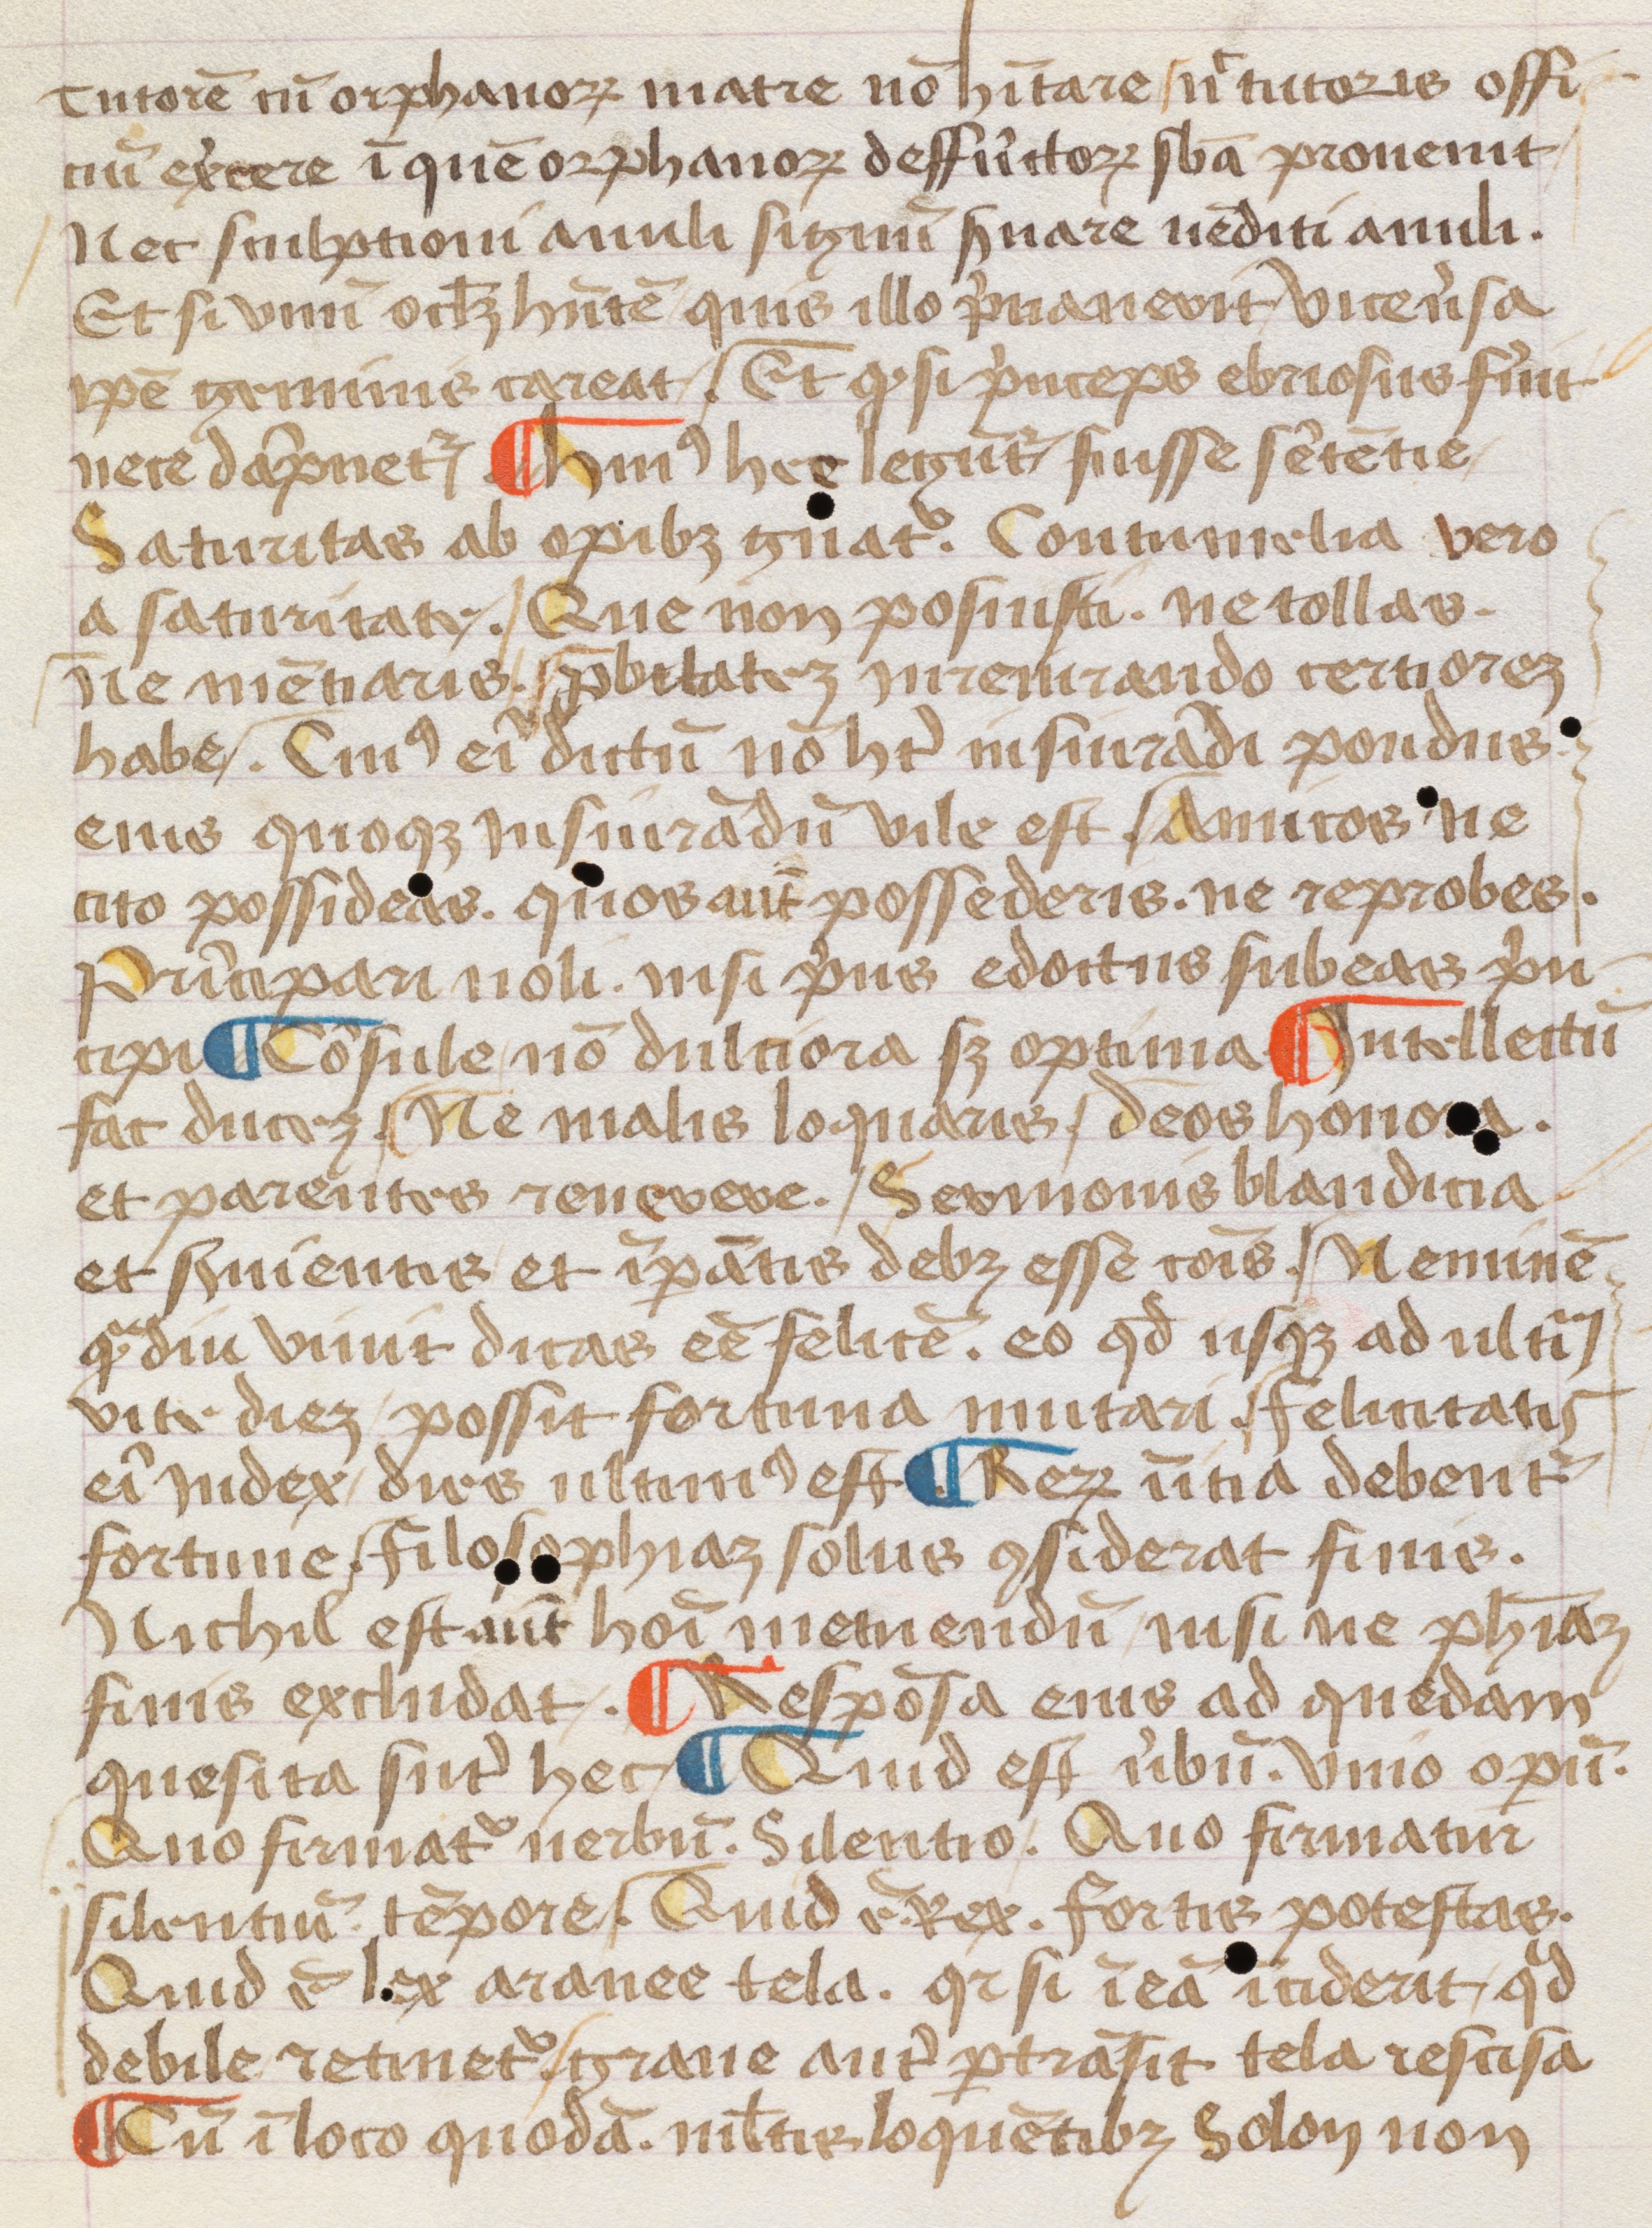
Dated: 1452–1452